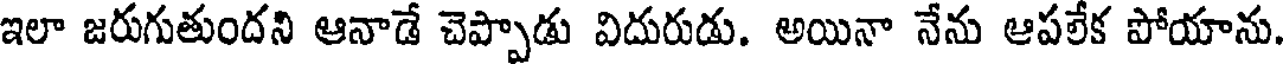
ఇలా జరుగుతుందని ఆనాడే చెప్పాడు విదురుడు. అయినా నేను ఆపలేక పోయాను.